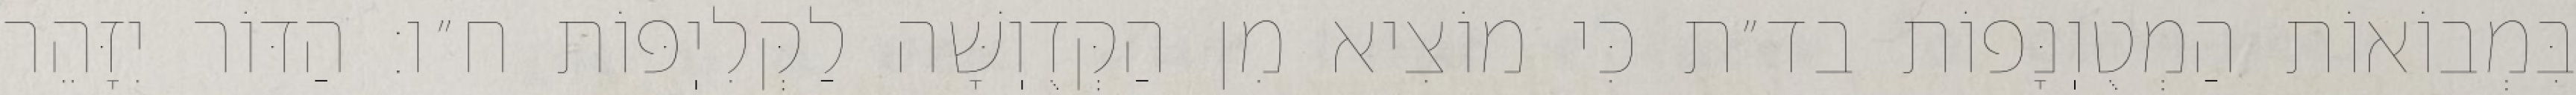
בִּמְבוֹאוֹת הַמְטֻוֽנָּפוֹת בד״ת כִּי מוֹצִיא מִן הַקְּדֻוֽשָּׁה לַקְּלִיֽפּוֹת ח״ו: הַדּוֹר יִזָּהֵר